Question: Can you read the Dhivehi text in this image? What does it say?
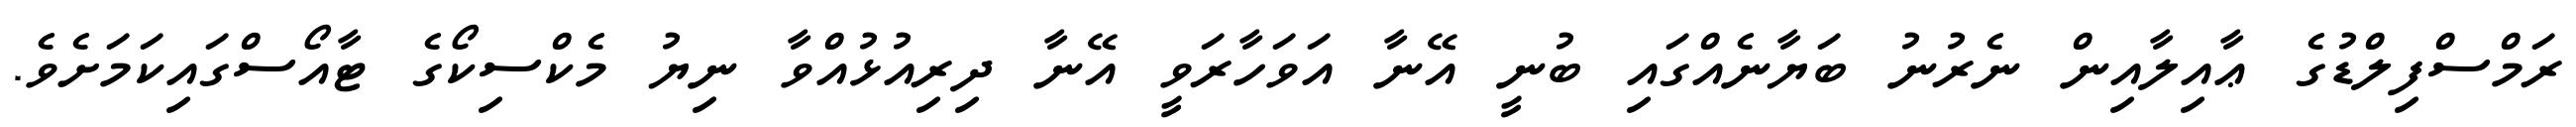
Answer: ރަމްސްފިލްޑުގެ ޢާއިލާއިން ނެރުނު ބަޔާނެއްގައި ބުނީ އޭނާ އަވަހާރަވީ އޭނާ ދިރިއުޅުއްވާ ނިޔު މެކްސިކޯގެ ޓާއޯސްގައިކަމަށެވެ.